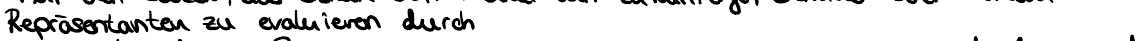
Repräsentaten zu evaluieren durch